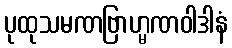
ပုထုသမဏဗြာဟ္မဏဝါဒါနံ